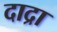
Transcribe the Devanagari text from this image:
दाद्रा